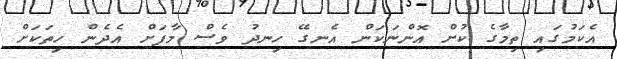
އެކަމުގައި ތިމާގެ ކުށް އޮންނަކަން އެނގޭ ހިނދު ވެސް މާފަށް އެދެން ހިތަކަށް